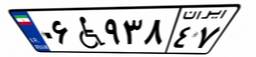
۰۸W۱۷۳۵۹